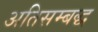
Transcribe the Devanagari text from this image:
अतिसम्बद्ध